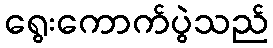
ရွေးကောက်ပွဲသည်